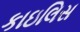
કાઇલિસ